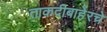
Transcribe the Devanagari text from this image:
ताकदीबाहेरचे